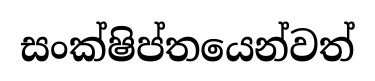
සංක්ෂිප්තයෙන්වත්